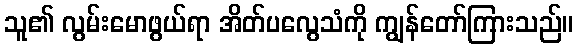
သူ၏ လွမ်းမောဖွယ်ရာ အိတ်ပလွေသံကို ကျွန်တော်ကြားသည်။